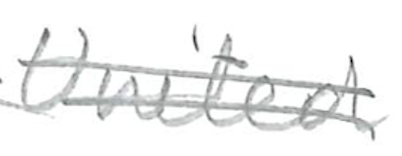
Text: United
Cross-out: double-line
Writing tool: pencil